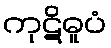
ကုဋိဓူပံ